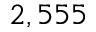
2 , 5 5 5